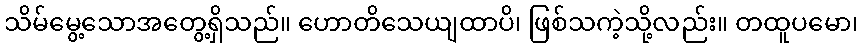
သိမ်မွေ့သောအတွေ့ရှိသည်။ ဟောတိသေယျထာပိ၊ ဖြစ်သကဲ့သို့လည်း။ တထူပမော၊